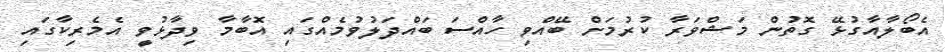
އެބޯލާއާގުޅޭ ގޮތުން މަޝްވަރާ ކުރުމަށް ބޭއްވި ހާއްސަ ބައްދަލުވުމެއްގައި އޮބާމާ ވިދާޅުވީ އެމެރިކާގައި